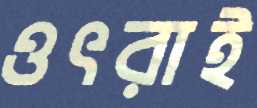
ওৎরাই